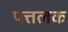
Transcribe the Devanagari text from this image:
पत्तलक